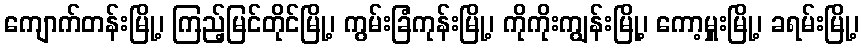
ကျောက်တန်းမြို့၊ ကြည့်မြင်တိုင်မြို့၊ ကွမ်းခြံကုန်းမြို့၊ ကိုကိုးကျွန်းမြို့၊ ကော့မှူးမြို့၊ ခရမ်းမြို့၊